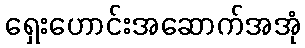
ရှေးဟောင်းအဆောက်အအုံ